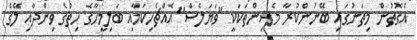
އެގޮތުން މިތަނުގައި ބޭނުންކުރާ މެޝިންތަކަކީ "ވަޔަލެސް" އެއްޗެހިކަމާއި ބަލިމީހާގެ ހިތުގެ ވިންދާއި ލޭގެ